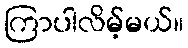
ကြာပါလိမ့်မယ်။